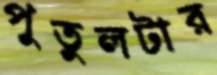
পুতুলটার